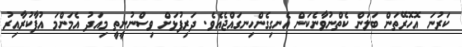
ކަރުނަ އޮހޮރޭތަން ބަލަން ކެތްނުވާނެކަން އެނގިގެންހިނގައްޖެއެވެ. ދަރިފުޅަށް ވިސްނުނީތީ މިއަދު އެމަންމަ އުފާކުރާއިރު